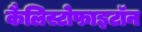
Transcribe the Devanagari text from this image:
कैलिस्टोफाइटॉन